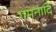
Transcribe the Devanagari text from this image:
गमनादि